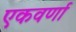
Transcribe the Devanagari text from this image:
एकवर्णा